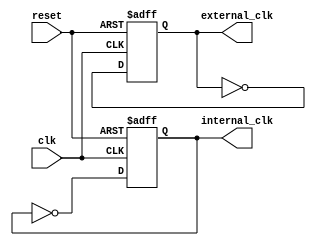
module timing_control_and_sync_blocks (
  input wire clk,
  input wire reset,
  output wire internal_clk,
  output wire external_clk
);

  // Clock generator for internal components
  always @ (posedge clk or posedge reset)
  begin
    if (reset) begin
      internal_clk <= 0;
    end else begin
      internal_clk <= ~internal_clk;
    end
  end

  // Clock distribution for external devices
  always @ (posedge clk or posedge reset)
  begin
    if (reset) begin
      external_clk <= 0;
    end else begin
      external_clk <= ~external_clk;
    end
  end

endmodule